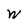
Character: W